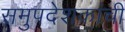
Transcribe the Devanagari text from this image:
समुपदेशकांची